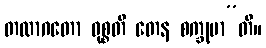
တထာဂတော ဝုစ္စတိ တေန စက္ခုမာ”တိ။